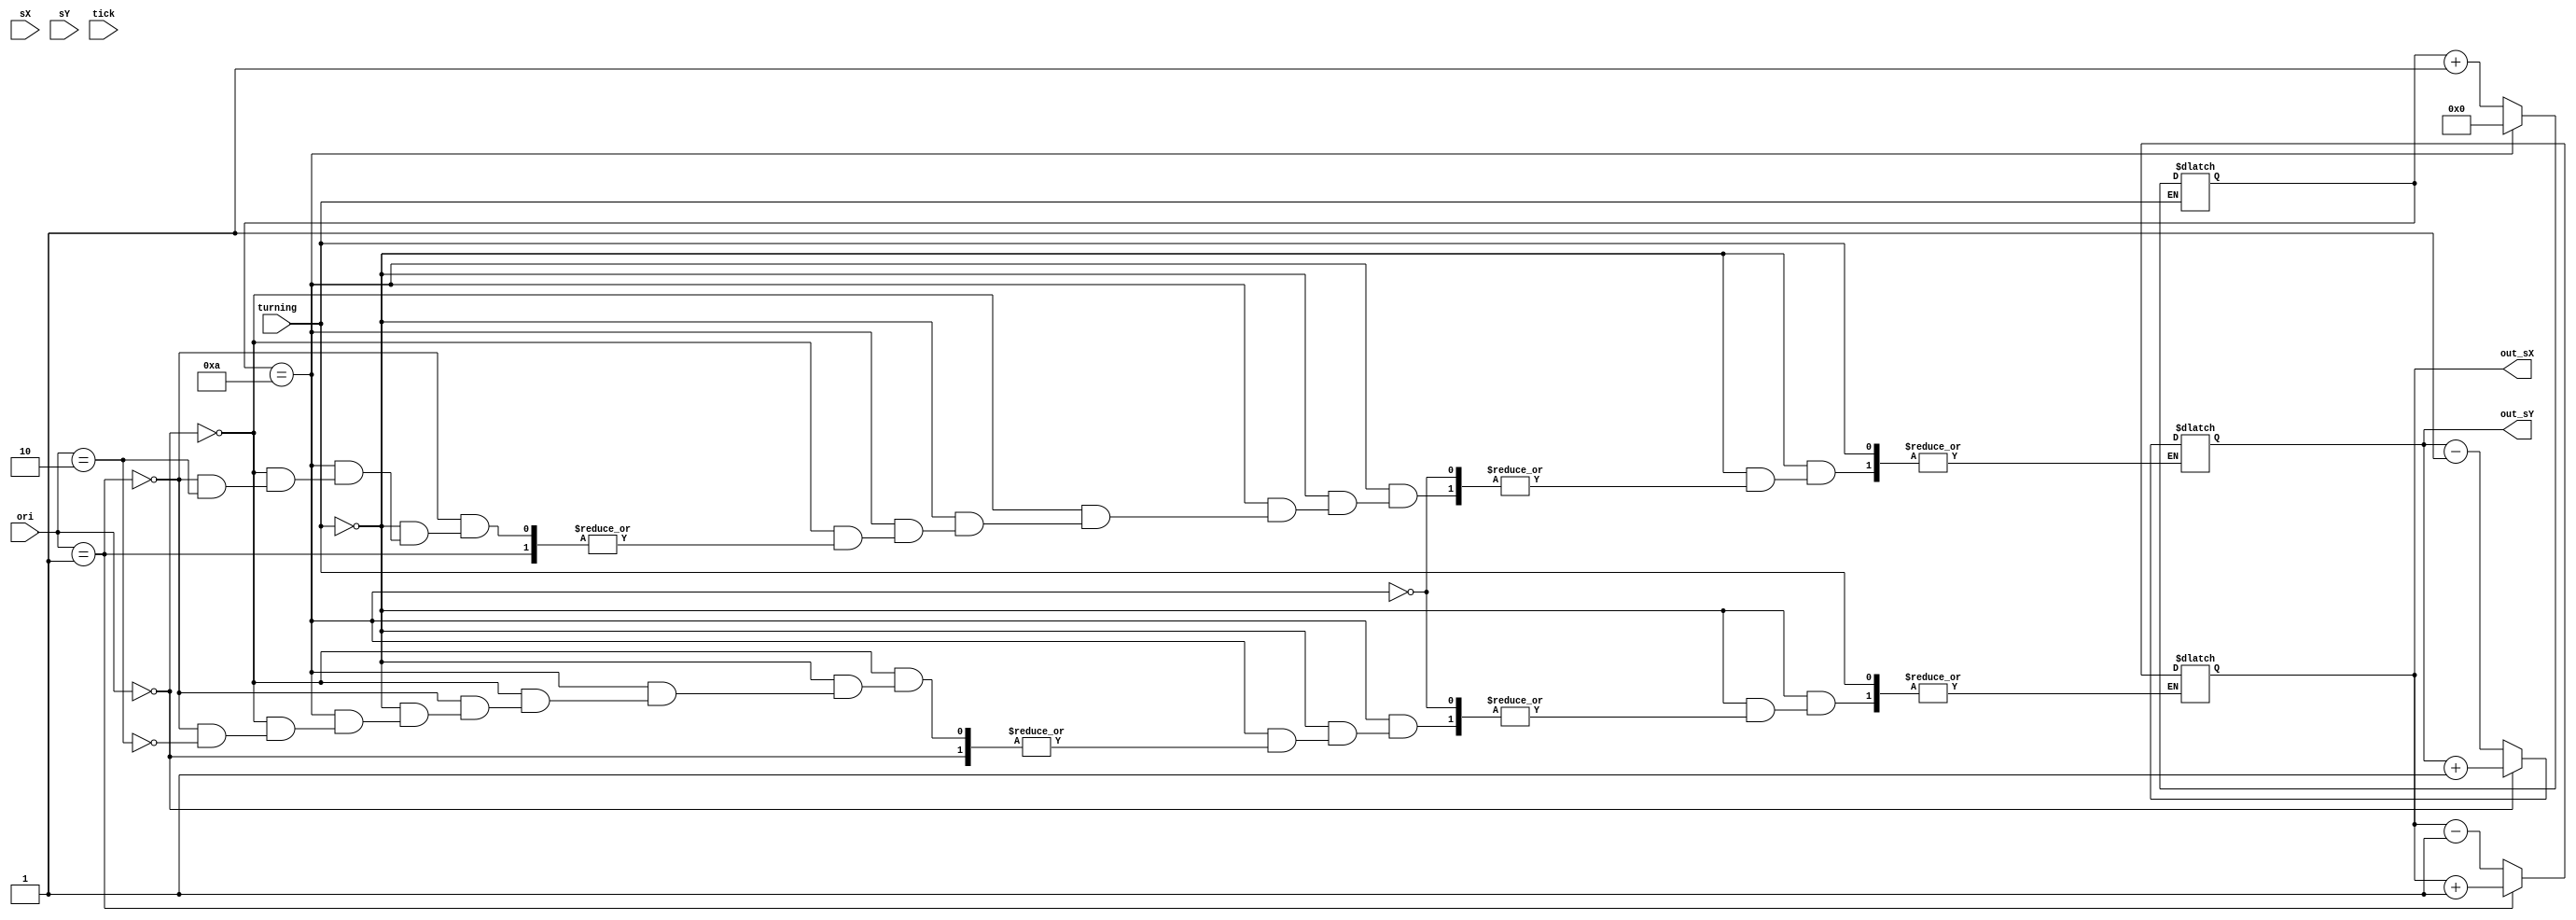
module rotary_encoder (sX, sY, turning, tick, ori, out_sX, out_sY);

input [1:0] ori ; //orientation of car
input sX, sY; // source co-ordinates in dm(decimeters)
input turning ;


input tick; // one click of the rotary enc
output reg[32:0] out_sX = 0 ;
output reg [32:0]  out_sY = 38 ; //our next position 

//where 20 ticks correspond to 2 decimeter  
reg[4:0] count = 4'b0000;

always@(tick)
begin
if (turning == 1'b0)
	if(count == 10)
	begin
		count = 0;
		if (ori == 2'b00) 
		out_sY = out_sY+1 ; 
		else if (ori == 2'b01) 
		out_sX = out_sX +1 ; 
		else if (ori== 2'b10 ) 
		out_sX = out_sX -1 ;
		else out_sY = out_sY-1 ;  
		
	end //ends the else block
	else 	count = count+1; 	 
end //ends always block
endmodule